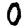
Digit: 0